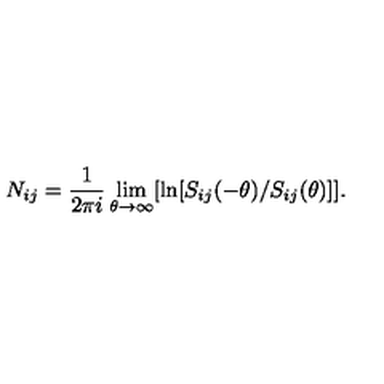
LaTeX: N _ { i j } = \frac { 1 } { 2 \pi i } \lim _ { \theta \rightarrow \infty } [ \ln [ S _ { i j } ( - \theta ) / S _ { i j } ( \theta ) ] ] .